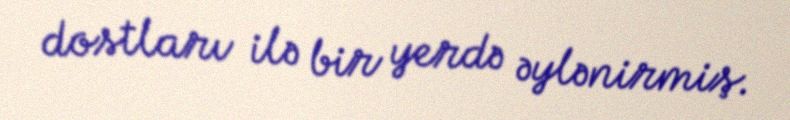
dostları ilə bir yerdə əylənirmiş.